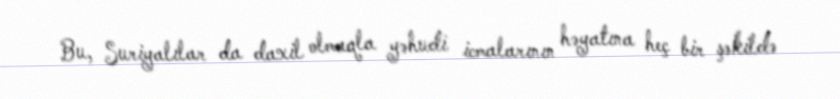
Bu, Suriyalılar da daxil olmaqla yəhudi icmalarının həyatına heç bir şəkildə